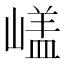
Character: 𡻘